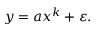
y = a x ^ { k } + \varepsilon .